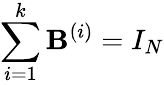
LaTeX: \sum_{i=1}^{k}\mathbf{B}^{(i)}=I_{N}